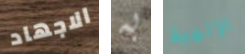
الاجهاد به الإلهية